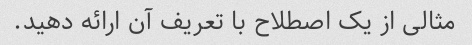
مثالی از یک اصطلاح با تعریف آن ارائه دهید.